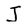
Character: J